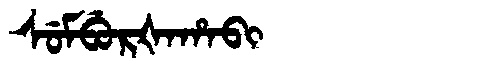
Manchu: ᠰᡠᠮᠪᡠᡵᡧᠠᡥᠠᠪᡳ
Romanization: SUMBURŠAHABI